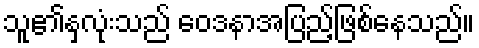
သူ၏နှလုံးသည် ဝေဒနာအပြည့်ဖြစ်နေသည်။